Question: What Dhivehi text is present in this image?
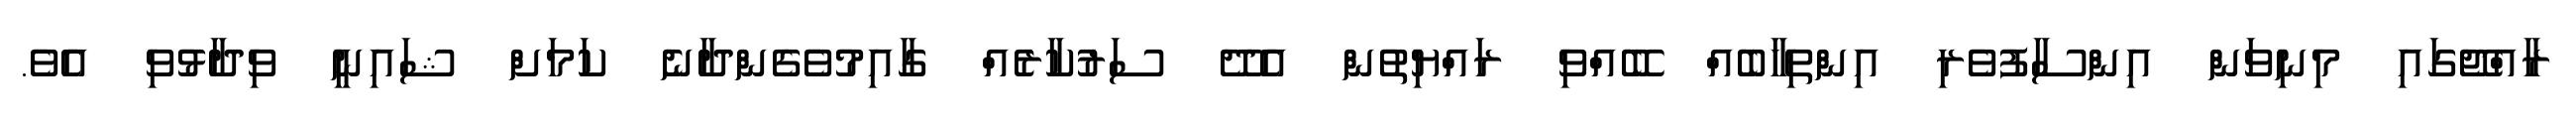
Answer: ރާއްޖޭގައި މިނިވަން އިންސާފުވެރި އިންތިހާބެއް ބޭއްވި ރައްޔިތުން އެދޭ ސަރުކާރެއް ގާއިމުވެގެންދާނެ ކަމަށް ޝައިނީ ވިދާޅުވި އެވެ.